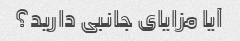
آیا مزایای جانبی دارید؟